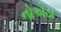
નોએડા